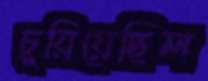
চুয়িয়েছিল